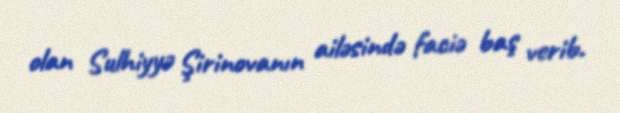
olan Sulhiyyə Şirinovanın ailəsində faciə baş verib.